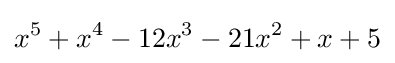
x^{5}+x^{4}-12x^{3}-21x^{2}+x+5